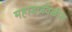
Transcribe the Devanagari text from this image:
महाडजवळील